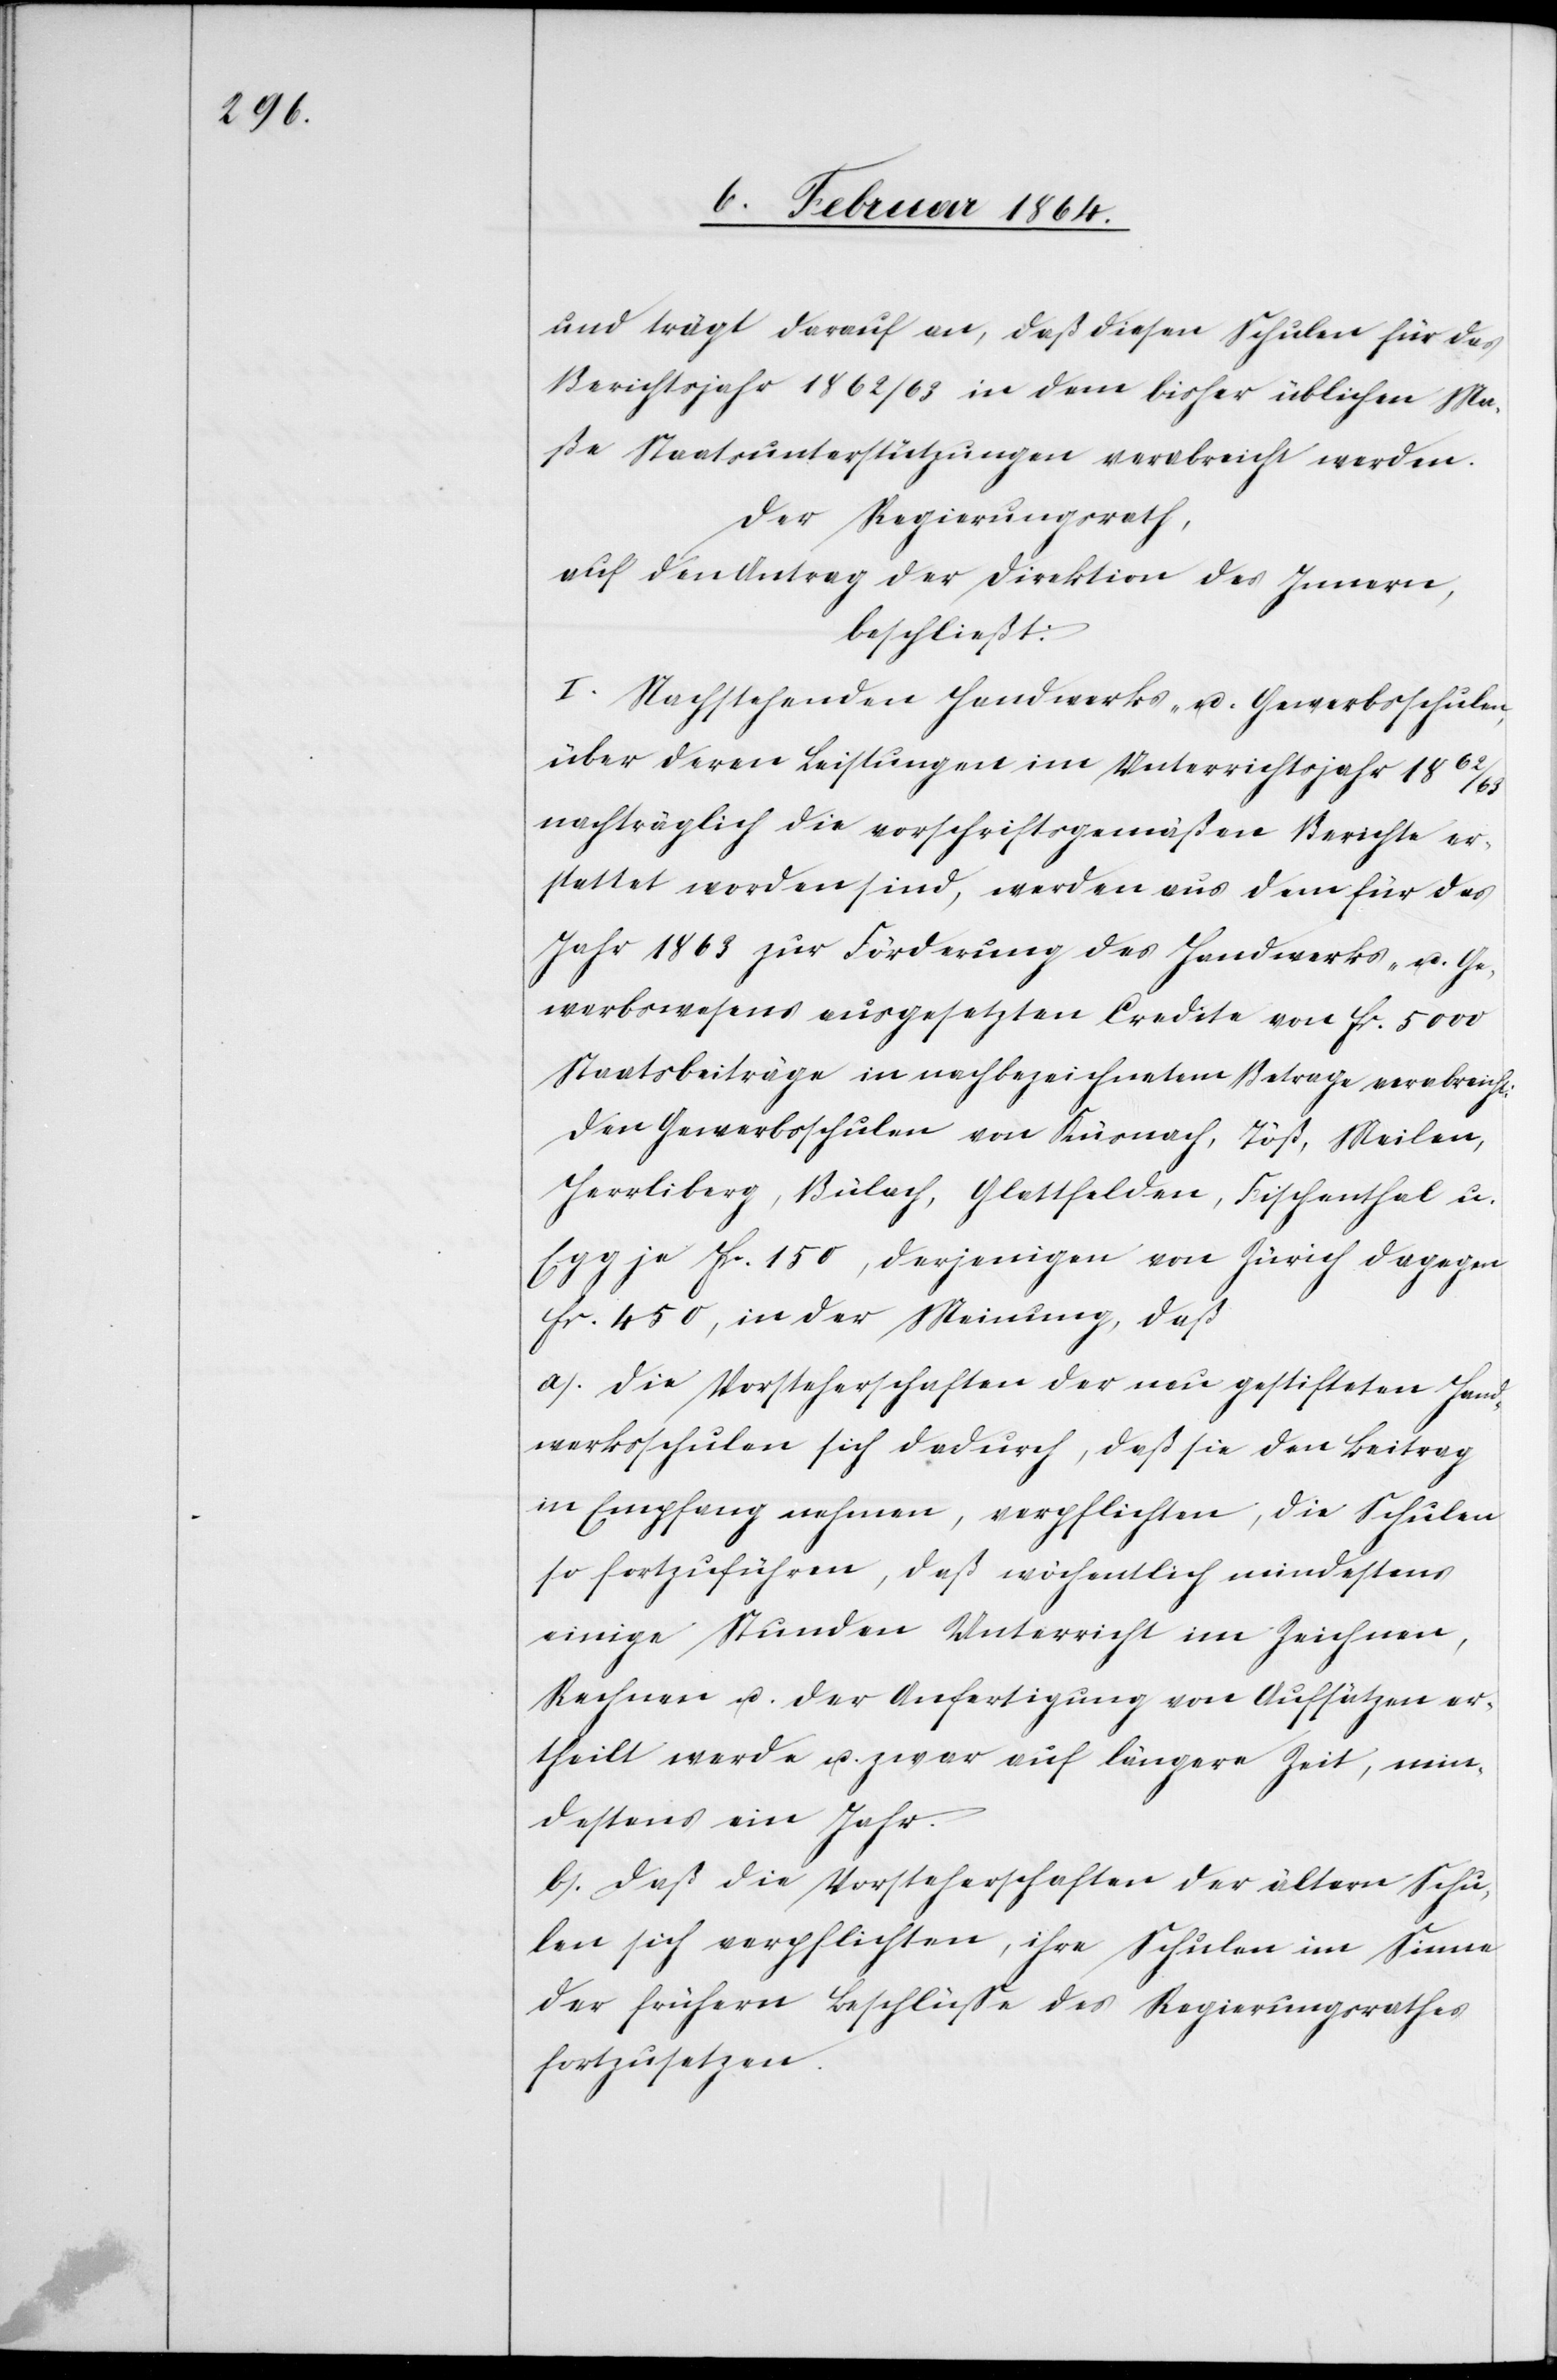
und trägt darauf an, daß diesen Schulen für das
Berichtsjahr 1862/63 in dem bisher üblichen Ma¬
ße Staatsunterstützungen verabreicht werden.
Der Regierungsrath,
auf den Antrag der Direktion des Innern,
beschließt:
I. Nachstehenden Handwerks- u. Gewerbeschulen,
über deren Leistungen im Unterrichtsjahr 1862/63
nachträglich die vorschriftsgemäßen Berichte er¬
stattet worden sind, werden aus dem für das
Jahr 1863 zur Förderung des Handwerks- u. Ge¬
werbswesens ausgesetzten Credite von fr. 5000
Staatsbeiträge in nachbezeichnetem Betrage verabreicht:
Den Gewerbsschulen von Küsnach, Töß, Meilen,
Herrliberg, Bülach, Glattfelden, Fischenthal u.
Egg je Fr. 150, derjenigen von Zürich dagegen
fr. 450, in der Meinung daß
a.) die Vorsteherschaften der neu gestifteten Hand¬
werksschulen sich dadurch, daß sie den Beitrag
in Empfang nehmen, verpflichten, die Schulen
so fortzuführen, daß wöchentlich mindestens
einige Stunden Unterricht im Zeichnen,
Rechnen u. der Anfertigung von Aufsätzen er¬
theilt werde u. zwar auf längere Zeit, min¬
destens ein Jahr.
b.) Daß die Vorsteherschaften der ältern Schu¬
len sich verpflichten, ihre Schulen im Sinne
der frühern Beschlüsse des Regierungsrathes
fortzusetzen.